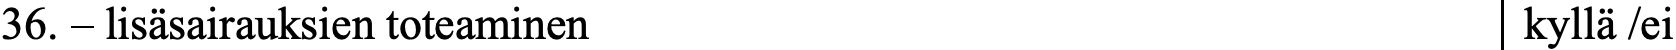
36. – lisäsairauksien toteaminen                  kyllä /ei